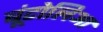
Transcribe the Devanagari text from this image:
बूंटोलिआ